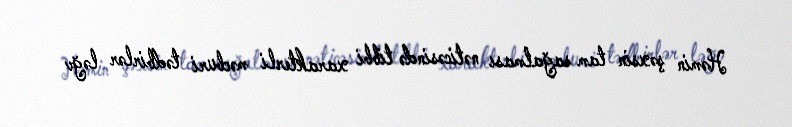
Həmin şəxsin tam sağalması nəticəsində tibbi xarakterli məcburi tədbirlər ləğv